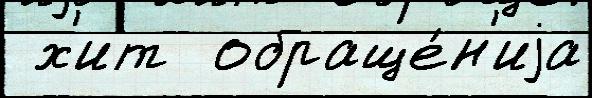
 х'ит  обраще́н'иjа